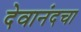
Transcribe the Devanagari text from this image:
देवानंदचा